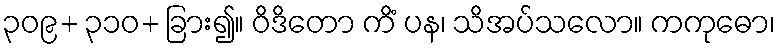
၃၀၉+ ၃၁၀+ ခြား၍။ ဝိဒိတော ကိံ ပန၊ သိအပ်သလော။ ကကုဓော၊